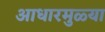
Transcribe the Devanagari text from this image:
आधारमुळ्या